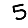
Digit: 5